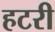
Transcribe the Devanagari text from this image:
हटरी